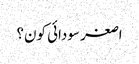
اصغر سودائی کون؟